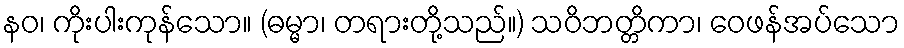
နဝ၊ ကိုးပါးကုန်သော။ (ဓမ္မာ၊ တရားတို့သည်။) သဝိဘတ္တိကာ၊ ဝေဖန်အပ်သော